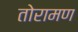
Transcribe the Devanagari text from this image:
तोरामण